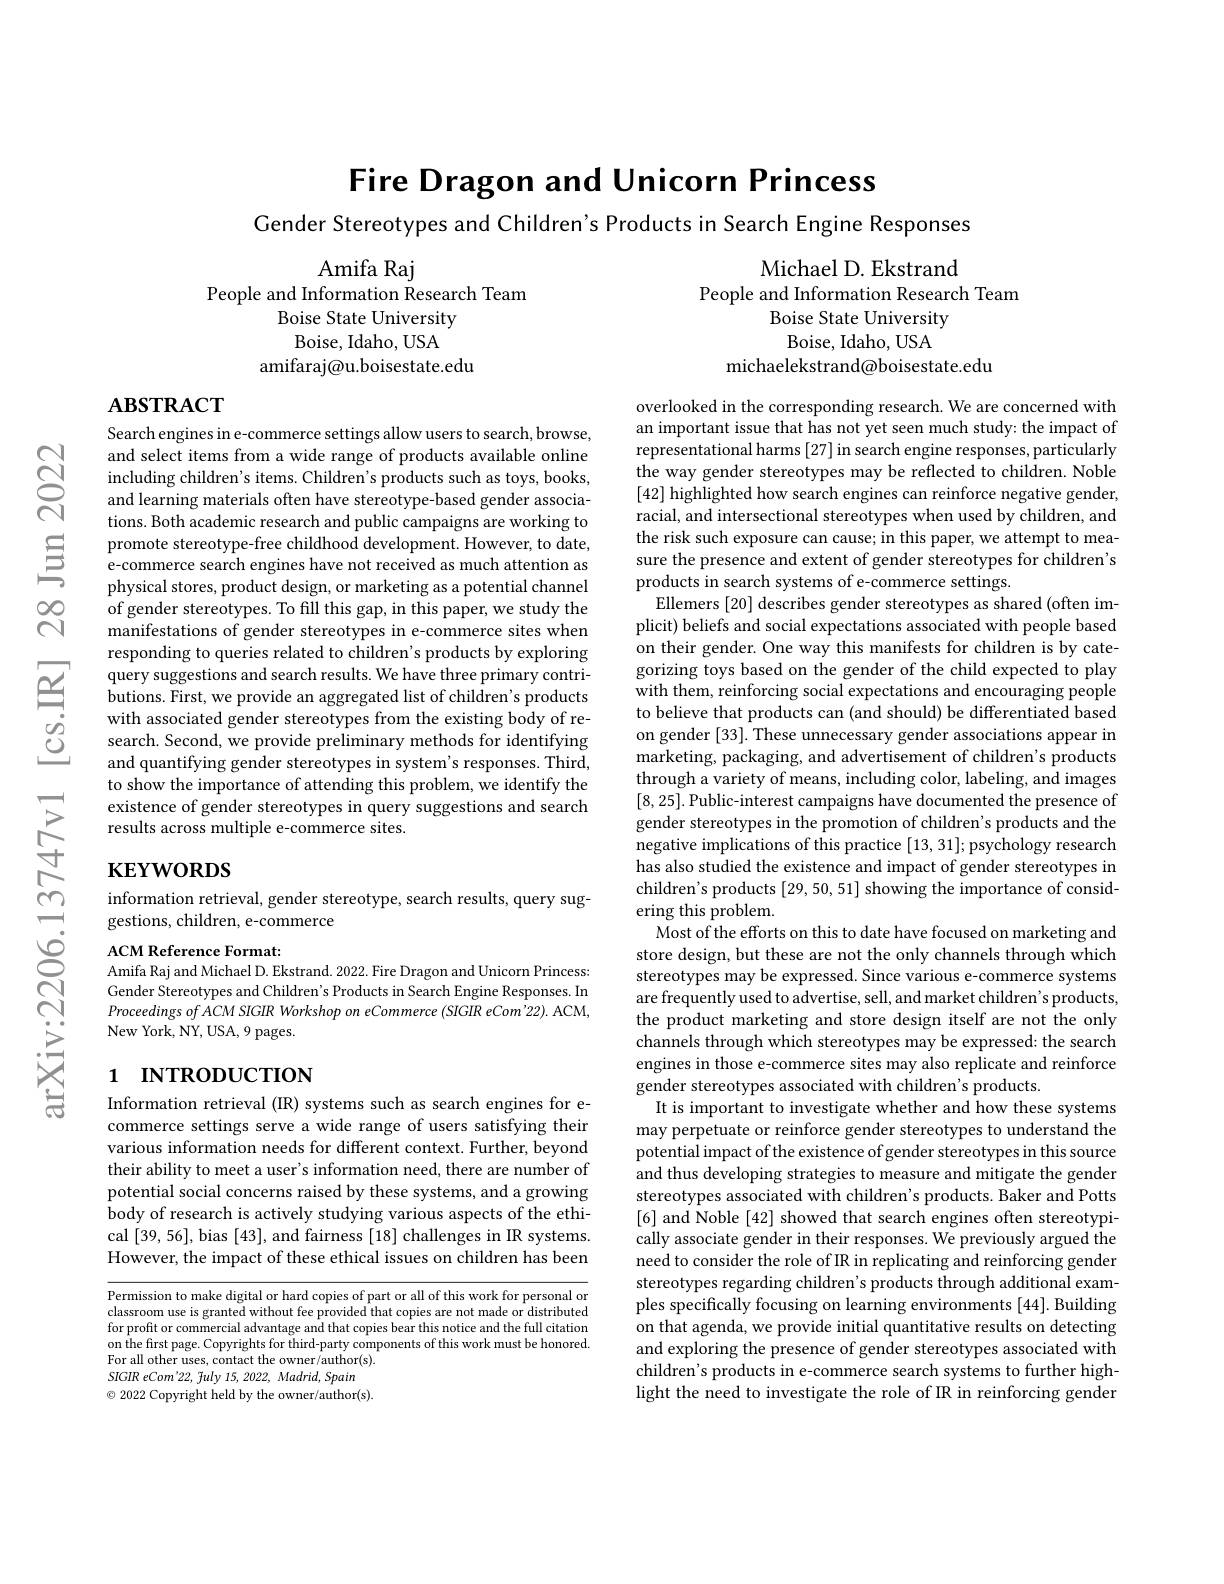
Fire Dragon and Unicorn Princess

Cender Stereotypes and Children's Products in Search Engine Responses

Amifa Raj
People and Information Research Team
Boise State University
Boise, Idaho, USA
amifaraj@u.boisestate.edu

Michael D. Ekstrand
People and Information Research Team
Boise State University
Boise, Idaho, USA
michaelekstrand@boisestate.edu

# $\mathbf{ABSTRACT}$

Search engines in e-commerce settings allow users to search, browse, and select items from a wide range of products available online including children's items. Children's products such as toys, books, and learning materials often have stereotype-based gender associations. Both academic research and public campaigns are working to promote stereotype-free childhood development. However, to date, e-commerce search engines have not received as much attention as physical stores, product design, or marketing as a potential channel of gender stereotypes. To fill this gap, in this paper, we study the manifestations of gender stereotypes in e-commerce sites when responding to queries related to children's products by exploring
$\textcircled{-}\underline{1&\text{query suggestions and search results. We have three primary contri-}\\&\text{butions. First, we provide an aggregated list of children's products}\\&\text{with associated gender stereotvnes from the existing bodv of re-}\\&\text{with associated gender stereotvnes$
with associated gender stereotypes from the existing body of research. Second, we provide preliminary methods for identifying and quantifying gender stereotypes in system's responses. Third, to show the importance of attending this problem, we identify the existence of gender stereotypes in query suggestions and search results across multiple e-commerce sites.

# $\mathbf{KEYWORDS}$

overlooked in the corresponding research. We are concerned with an important issue that has not yet seen much study: the impact of representational harms [27] in search engine responses, particularly the way gender stereotypes may be reflected to children. Noble [42] highlighted how search engines can reinforce negative gender, racial, and intersectional stereotypes when used by children, and the risk such exposure can cause; in this paper, we attempt to measure the presence and extent of gender stereotypes for children's products in search systems of e-commerce settings.
Ellemers [20] describes gender stereotypes as shared (often implicit) beliefs and social expectations associated with people based on their gender. One way this manifests for children is by categorizing toys based on the gender of the child expected to play with them, reinforcing social expectations and encouraging people to believe that products can (and should) be differentiated based on gender [33]. These unnecessary gender associations appear in marketing, packaging, and advertisement of children's products through a variety of means, including color, labeling, and images [8,25]. Public-interest campaigns have documented the presence of gender stereotypes in the promotion of children's products and the negative implications of this practice [13,31];psychology research has also studied the existence and impact of gender stereotypes in children's products [29,50,51] showing the importance of considering this problem.
Most of the efforts on this to date have focused on marketing and store design, but these are not the only channels through which stereotypes may be expressed. Since various e-commerce systems are frequently used to advertise, sell, and market children' s products, the product marketing and store design itself are not the only channels through which stereotypes may be expressed: the search engines in those e-commerce sites may also replicate and reinforce gender stereotypes associated with children's products.
It is important to investigate whether and how these systems may perpetuate or reinforce gender stereotypes to understand the potential impact of the existence of gender stereotypes in this source and thus developing strategies to measure and mitigate the gender stereotypes associated with children's products. Baker and Potts [6] and Noble [42] showed that search engines often stereotypically associate gender in their responses. We previously argued the need to consider the role of IR in replicating and reinforcing gender stereotypes regarding children's products through additional examples specifically focusing on learning environments [44]. Building on that agenda, we provide initial quantitative results on detecting and exploring the presence of gender stereotypes associated with children's products in e-commerce search systems to further highlight the need to investigate the role of IR in reinforcing gender

## information retrieval, gender stereotype, search results, query suggestions, children, e-commerce

ACM Reference Format:
Amifa Raj and Michael D. Ekstrand. 2022. Fire Dragon and Unicorn Princess: Gender Stereotypes and Children's Products in Search Engine Responses. In Proceedings of ACM SIGIR Workshop on eCommerce (SIGIR eCom'22). ACM, New York, NY, USA, 9 pages.

# 1 INTRODUCTION

Information retrieval (IR) systems such as search engines for ecommerce settings serve a wide range of users satisfying their various information needs for different context. Further, beyond their ability to meet a user's information need, there are number of potential social concerns raised by these systems, and a growing body of research is actively studying various aspects of the ethical [39,56], bias [43], and fairness [18] challenges in IR systems. However, the impact of these ethical issues on children has been

Permission to make digital or hard copies of part or all of this work for personal or classroom use is granted without fee provided that copies are not made or distributed for profit or commercial advantage and that copies bear this notice and the full citation on the first page. Copyrights for third-party components of this work must be honored. For all other uses, contact the owner/author(s).
SIGIR eCom'22, fuly 15, 2022, Madrid, Spain $\odot$ 2022 Copyright held by the owner/author(s).